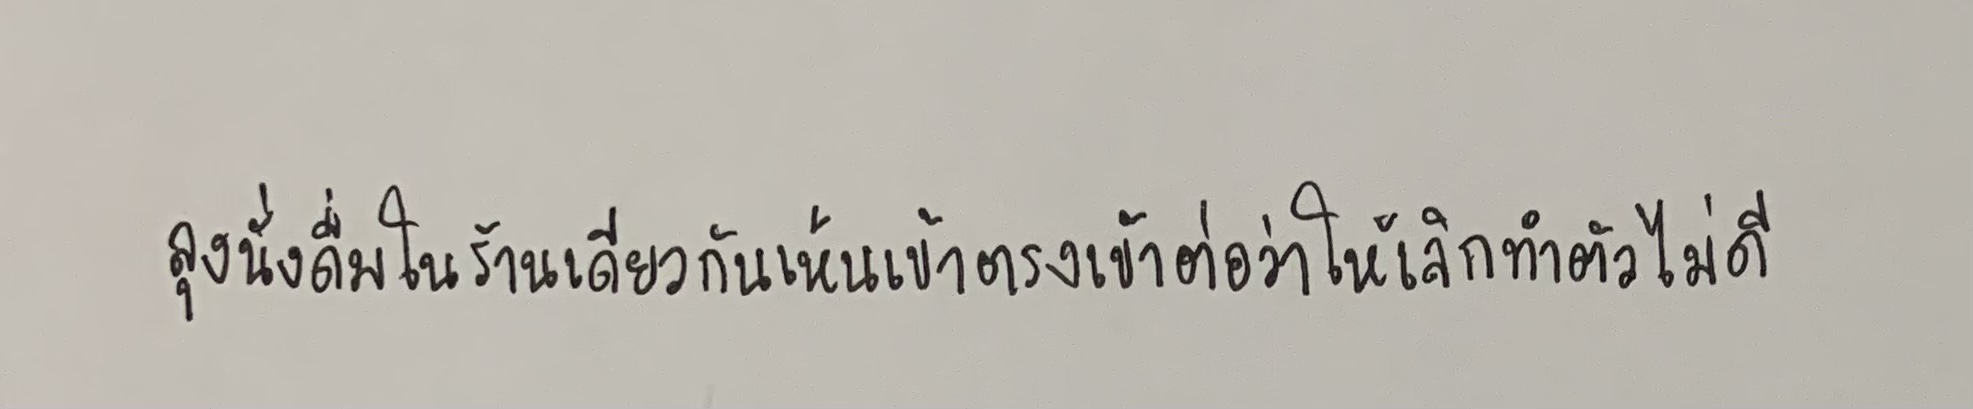
ลุงนั่งดื่มในร้านเดียวกันเห็นเข้าตรงเข้าต่อว่าให้เลิกทำตัวไม่ดี